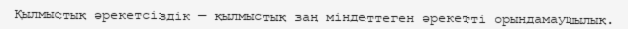
Қылмыстық әрекетсіздік — қылмыстық заң міндеттеген әрекетті орындамаушылық.